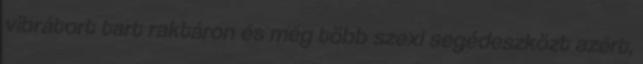
vibrátort tart raktáron és még több szexi segédeszközt azért,